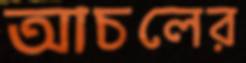
আচলের